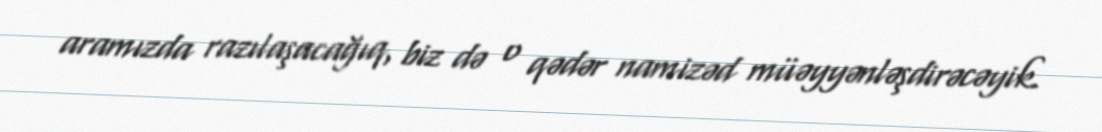
aramızda razılaşacağıq, biz də o qədər namizəd müəyyənləşdirəcəyik.